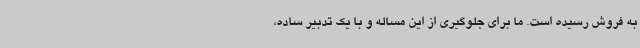
به فروش رسیده است. ما برای جلوگیری از این مساله و با یک تدبیر ساده،